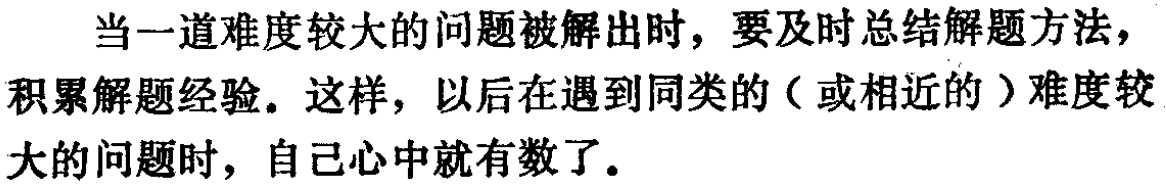
当一道难度较大的问题被解出时，要及时总结解题方法，积累解题经验。这样，以后在遇到同类的（或相近的）难度较大的问题时，自己心中就有数了。